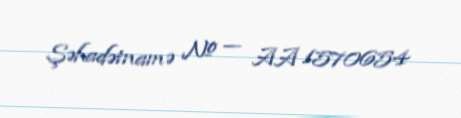
Şəhadətnamə № — AA 1570654